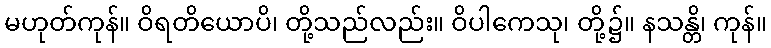
မဟုတ်ကုန်။ ဝိရတိယောပိ၊ တို့သည်လည်း။ ဝိပါကေသု၊ တို့၌။ နသန္တိ၊ ကုန်။